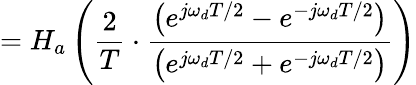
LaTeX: =H_{a}\left({\frac{2}{T}}\cdot{\frac{\left(e^{j\omega_{d}T/2}-e^{-j\omega_{d}T/2}\right)}{\left(e^{j\omega_{d}T/2}+e^{-j\omega_{d}T/2}\right)}}\right)